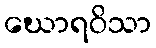
ဃောရဝိသာ